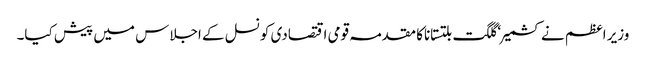
وزیر اعظم نے کشمیر ‘ گلگت بلتستاناکا مقدمہ قومی اقتصادی کونسل کے اجلاس میں پیش کیا۔